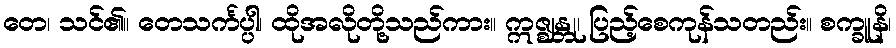
တေ၊ သင်၏။ တေသင်္ကပ္ပါ၊ ထိုအလိုတို့သည်ကား။ ဣဇ္ဈန္တု၊ ပြည့်စေကုန်သတည်း။ စက္ခူနိ၊